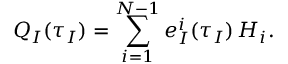
Q _ { I } ( \tau _ { I } ) = \sum _ { i = 1 } ^ { N - 1 } e _ { I } ^ { i } ( \tau _ { I } ) \, H _ { i } .